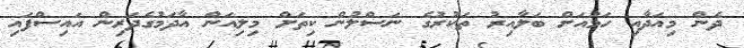
ދެން މިއަދާއި ހަމައަށް ބަލާއިރު ތަކުރުގެ ނަސްލުން ކިތަށް މިލިއަން އާދަމުގެދަރިން އައިސްފައި